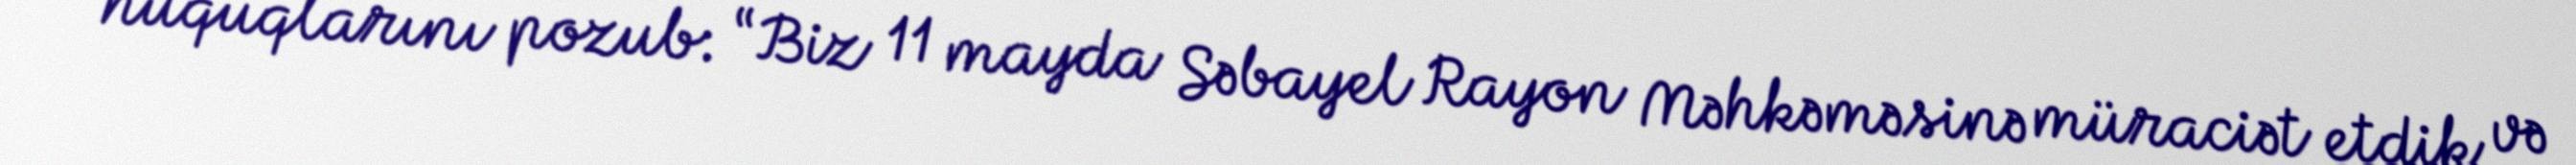
hüquqlarını pozub: “Biz 11 mayda Səbayel Rayon Məhkəməsinə müraciət etdik və